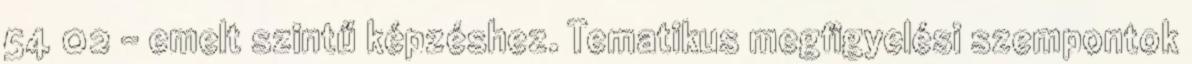
54 02 - emelt szintű képzéshez. Tematikus megfigyelési szempontok